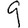
Digit: 9